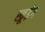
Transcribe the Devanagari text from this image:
स्क्रूइंग